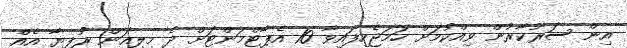
އިން ސަރުކާރުން ވިއްކުމަށް ހަމަޖެހިފައިވާ 10 އެޕާޓްމަންޓަށް ދެ މިލިއަން ރުފިޔާ އެއް